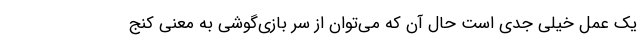
یک عمل خیلی جدی است حال آن که می‌توان از سرِ بازی‌گوشی به معنی کنج